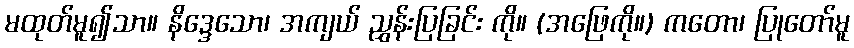
မထုတ်မူ၍သာ။ နိဒ္ဒေသော၊ အကျယ် ညွှန်းပြခြင်း ကို။ (အဖြေကို။) ကတော၊ ပြုတော်မူ